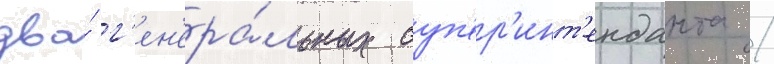
два́ г'ен'ера́льных суп'ер'инт'енданта /